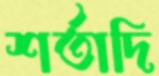
শর্তাদি